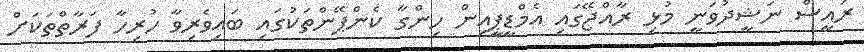
ރައީސް ނަޝީދުވަނީ މުޅި ރާއްޖޭގައި އެމްޑީޕީއިން ހިންގާ ކެންޕޭންތަކުގައި ބައިވެރިވާ ހުރިހާ ފަރާތްތަކަށް